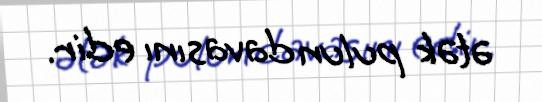
ətək pulun davasını edir.